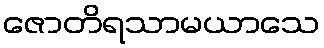
ဇောတိရသာမယာသေ